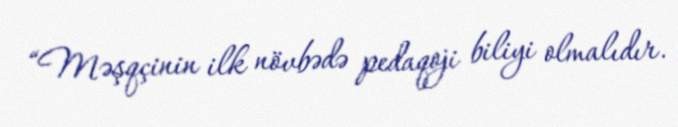
“Məşqçinin ilk növbədə pedaqoji biliyi olmalıdır.